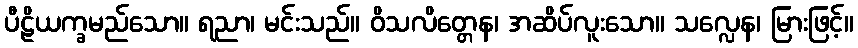
ပီဠိယက္ခမည်သော။ ရညာ၊ မင်းသည်။ ဝိသလိတ္တေန၊ အဆိပ်လူးသော။ သလ္လေန၊ မြားဖြင့်။